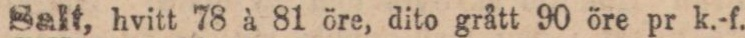
Salt, hvitt 78 à 81 öre, dito grått 90 öre pr k.-f.